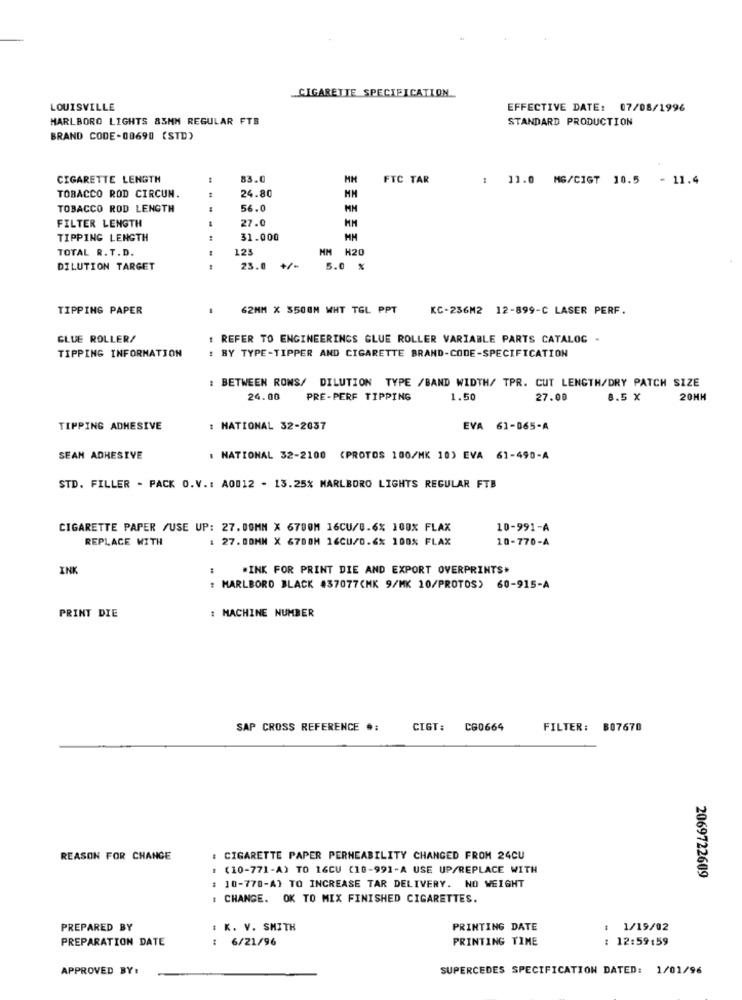
CIGARETTE SPECIFICATION ...
LOUISVILLE
EFFECTIVE DATE: 07/08/1996
MARLBORO LIGHTS 83MM REGULAR FTB
STANDARD PRODUCTION
BRAND CODE-00690 (STD)
CIGARETTE LENGTH
83.0
FTC TAR
: 11.0 MG/CIGT 10.5 - 11.4
24.80
TOBACCO ROD CIRCUN.
MM
TOBACCO ROD LENGTH
56.0
27.0
FILTER LENGTH
HM
TIPPING LENGTH
31.000
MM
TOTAL R.T.D.
12
MM H20
DILUTION TARGET
-...
23.0
5.0 %
TIPPING PAPER
62MM X 5500M WHT TGL PPT
KC-236M2 12-899-C LASER PERF.
GLUE ROLLER/
REFER TO ENGINEERINGS GLUE ROLLER VARIABLE PARTS CATALOG -
TIPPING INFORMATION
: BY TYPE-TIPPER AND CIGARETTE BRAND-CODE-SPECIFICATION
: BETWEEN ROWS/ DILUTION TYPE /BAND WIDTH/ TPR. CUT LENGTH/DRY PATCH SIZE
24.00
PRE-PERF TIPPING
1.50
27.00
8.5 X
20MM
TIPPING ADHESIVE
: NATIONAL 32-2037
EVA 61-865-A
SEAN ADHESIVE
. NATIONAL 32-2100
(PROTOS 100/MK 10) EVA 61-490-A
STD. FILLER - PACK O.V .: A0012 - 13.25% MARLBORO LIGHTS REGULAR FTB
CIGARETTE PAPER /USE UP: 27.00MM X 6700M 16CU/0.6% 100% FLAX
10-991-A
REPLACE WITH
: 27.80MM X 6708M 16CU/0.6% 100% FLAX
10-770-A
INK
"INK FOR PRINT DIE AND EXPORT OVERPRINTS"
: MARLBORO BLACK 437077(MK 9/MK 10/PROTOS) 60-915-A
: MACHINE NUMBER
PRINT DIE
SAP CROSS REFERENCE .:
CIGT:
CG0664
FILTER: 807670
REASON FOR CHANGE
: CIGARETTE PAPER PERNEABILITY CHANGED FROM 24CU
: (10-771-A) TO 16CU (10-991-A USE UP/REPLACE WITH
2069722609
: 10-770-A) TO INCREASE TAR DELIVERY. NO WEIGHT
: CHANGE. OK TO MIX FINISHED CIGARETTES.
PREPARED BY
: K. V. SMITH
PRINTING DATE
: 1/19/02
PREPARATION DATE
: 6/21/96
PRINTING TIME
: 12:59:59
APPROVED BY:
SUPERCEDES SPECIFICATION DATED: 1/01/96